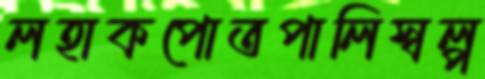
লহাকপোতপালিস্বল্প